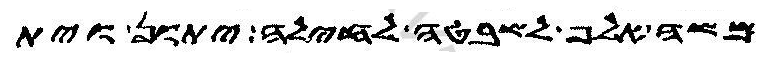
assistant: משה אלף לשבטה לחילה יתון וית